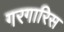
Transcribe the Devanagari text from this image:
गरगारिस